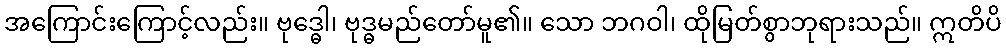
အကြောင်းကြောင့်လည်း။ ဗုဒ္ဓေါ၊ ဗုဒ္ဓမည်တော်မူ၏။ သော ဘဂဝါ၊ ထိုမြတ်စွာဘုရားသည်။ ဣတိပိ